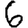
Digit: 6